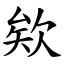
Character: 欸